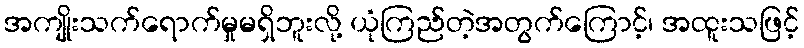
အကျိုးသက်ရောက်မှုမရှိဘူးလို့ ယုံကြည်တဲ့အတွက်ကြောင့်၊ အထူးသဖြင့်